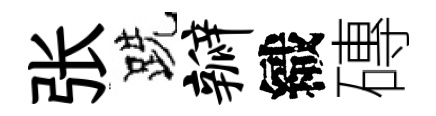
张跣瓣織磚